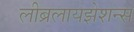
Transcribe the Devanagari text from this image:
लीब्रलायझेशन्स